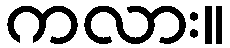
ကလား။